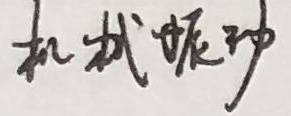
机械振动